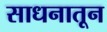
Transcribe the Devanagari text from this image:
साधनातून